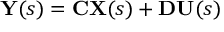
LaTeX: \mathbf { Y } ( s ) = \mathbf { C } \mathbf { X } ( s ) + \mathbf { D } \mathbf { U } ( s )